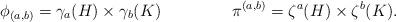
LaTeX: \begin{align*}\phi_{(a,b)} & = \gamma_a(H)\times \gamma_b(K) & \pi^{(a,b)} & = \zeta^a(H)\times \zeta^b(K).\end{align*}